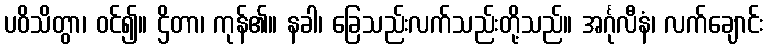
ပဝိသိတွာ၊ ဝင်၍။ ဌိတာ၊ ကုန်၏။ နခါ၊ ခြေသည်းလက်သည်းတို့သည်။ အင်္ဂုလီနံ၊ လက်ချောင်း